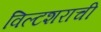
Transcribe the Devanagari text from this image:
विल्टशराची